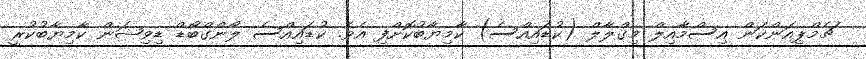
ޗެމްޕިއަންކަން އިސްމާއިލް މިގްލާލް (ކުޑައިއްސެ) ކާމިޔާބުކޮށްފި އެވެ. ކުޑައިއްސެ ލޯންގްބޯޑް ޑިވިޝަން ކާމިޔާބުކުރީ